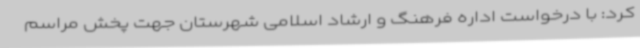
کرد: با درخواست اداره فرهنگ و ارشاد اسلامی شهرستان جهت پخش مراسم